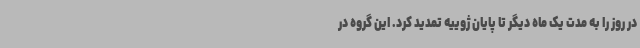
در روز را به مدت یک ماه دیگر تا پایان ژوییه تمدید کرد. این گروه در